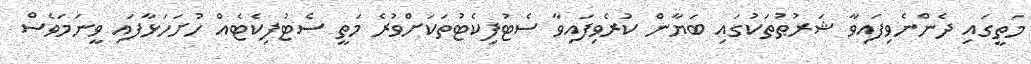
މަތީގައި ދެންނެވިފައިވާ ޝަރުޠުތަކުގައި ބަޔާން ކުރެވިފައިވާ ސެޓުފިކެޓުތަކަށްވުރެ މަތީ ސެޓުފިކެޓެއް ހުށަހަޅާފައި ވީނަމަވެސް